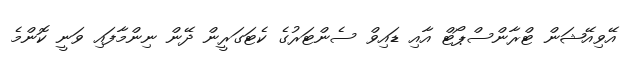
އޭވިއޭޝަން ޓްރާންސްޕޯޓް އާއި ޑައިވް ސެންޓަރުގެ ކެޓަގަރީން ދޭން ނިންމާފައި ވަނީ ކޮންމެ